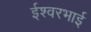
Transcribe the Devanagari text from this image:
ईश्वरभाई